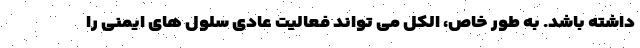
داشته باشد. به طور خاص، الکل می تواند فعالیت عادی سلول های ایمنی را